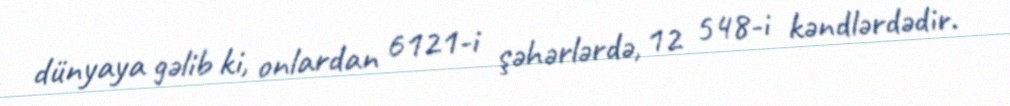
dünyaya gəlib ki, onlardan 6121-i şəhərlərdə, 12 548-i kəndlərdədir.